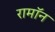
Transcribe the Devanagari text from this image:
रामॉन